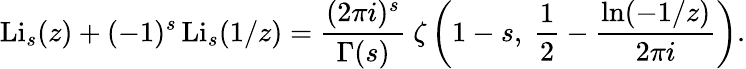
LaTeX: \operatorname{Li}_{s}(z)+(-1)^{s}\operatorname{Li}_{s}(1/z)={\frac{(2\pi i)^{s}}{\Gamma(s)}}~\zeta\left(1-s,~{\frac{1}{2}}-{\frac{\ln(-1/z)}{2\pi i}}\right).